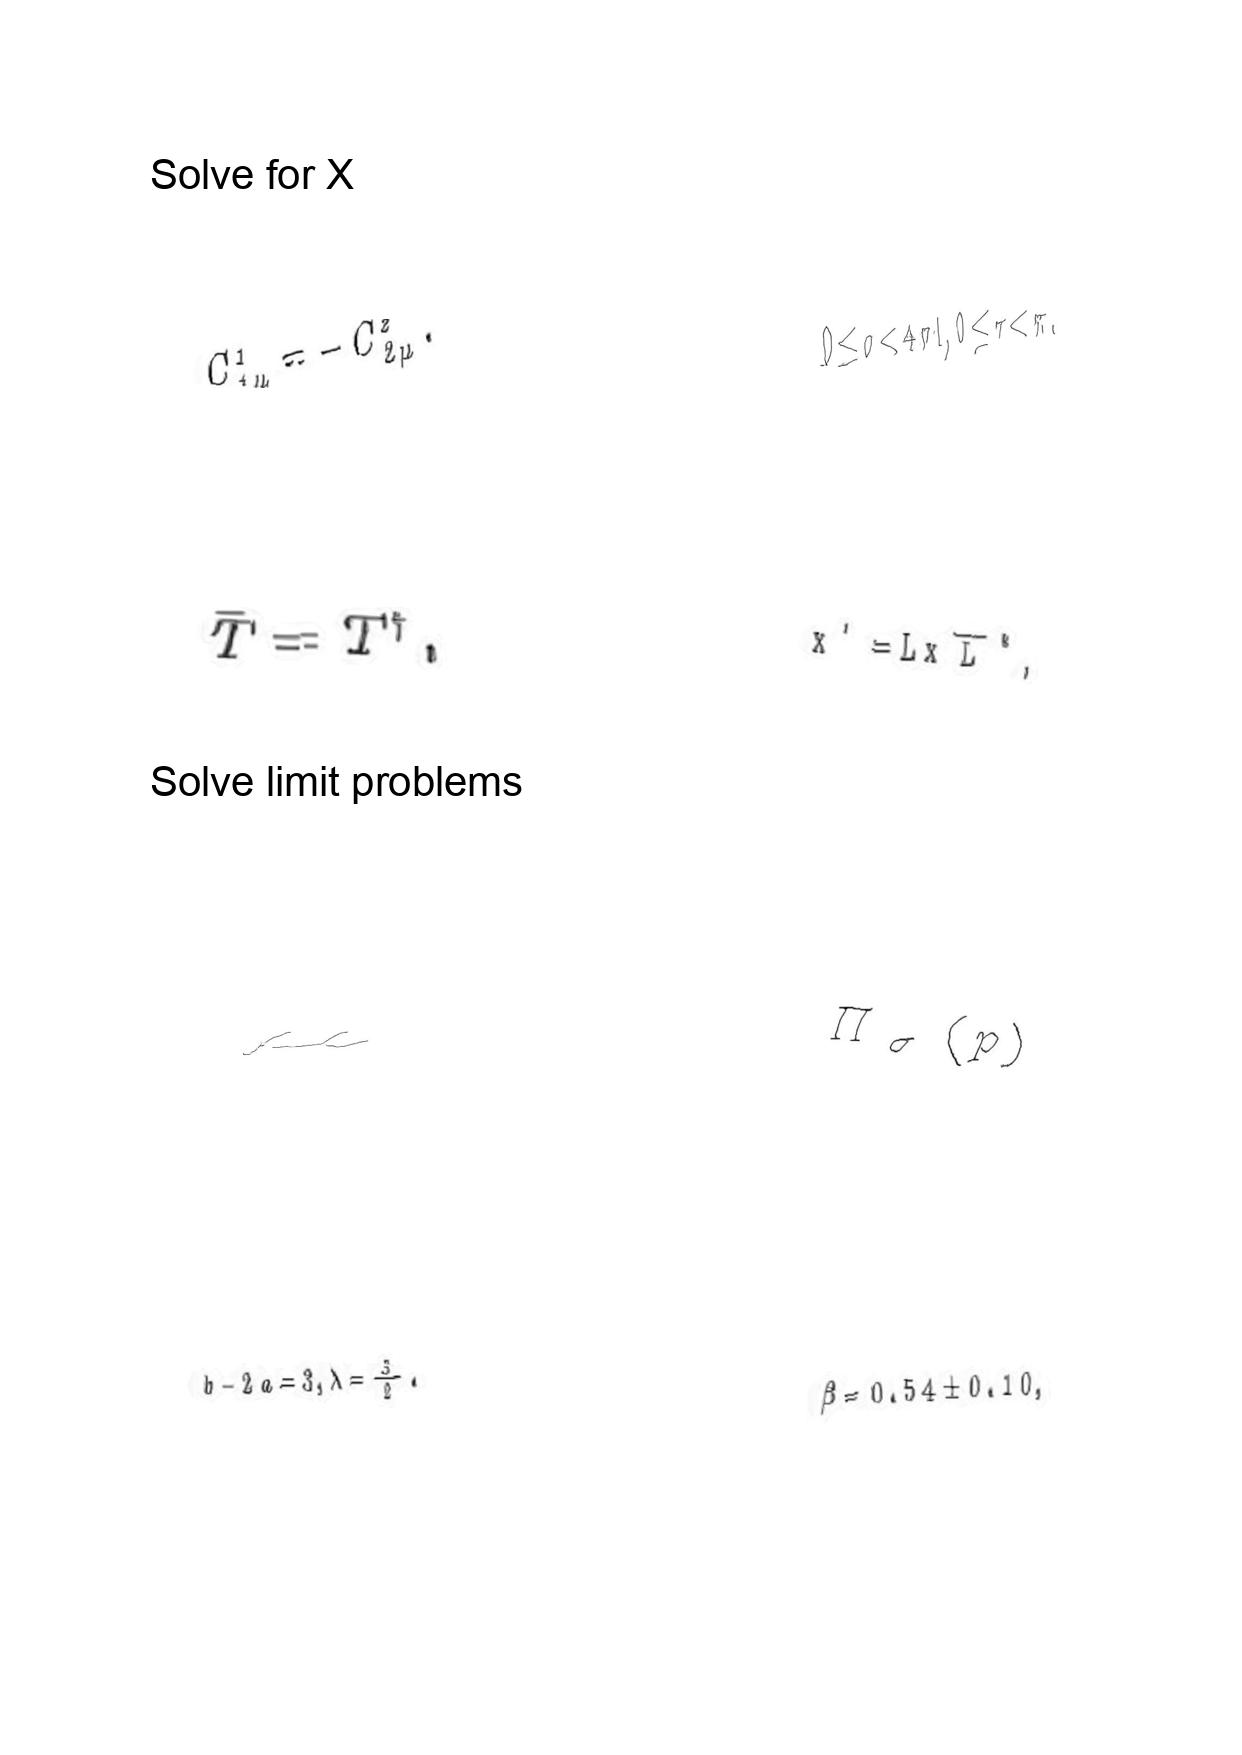
LaTeX transcription:
C ^ { 1 } _ { 1 \mu } = - C ^ { 2 } _ { 2 \mu } .
\bar { T } = T ^ { \dagger } ,
\mu
b - 2 a = 3 , \lambda = \frac { 3 } { 2 } .
0 \leq \sigma \lt 4 \pi l , 0 \leq \tau \lt \pi .
x ^ { \prime } = L x \overline { L } ^ { \ast } ,
\Pi _ { \sigma } \lparen p \rparen
\beta = 0 . 5 4 \pm 0 . 1 0 ,